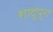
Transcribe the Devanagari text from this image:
शादुपुरा